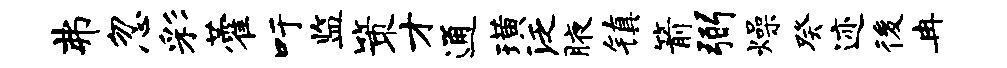
弗忽彩藿吁监策才通璜泛腋镇箭弼燥癸迹後冉